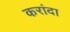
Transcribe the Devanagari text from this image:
करांदा